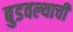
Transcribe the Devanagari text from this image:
बुडवल्याची